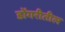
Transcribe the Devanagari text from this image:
डोंगरीतील